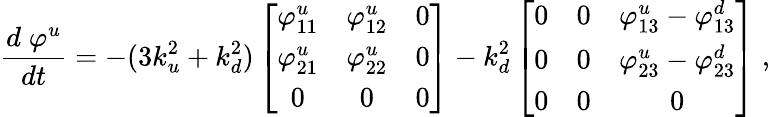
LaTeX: \frac{d\; \varphi^{u}}{dt}=-(3k_{u}^{2}+k_{d}^{2})\left[\begin{array}{ccc}{{\varphi_{11}^{u}}}&{{\varphi_{12}^{u}}}&{{0}}\\ {{\varphi_{21}^{u}}}&{{\varphi_{22}^{u}}}&{{0}}\\ {{0}}&{{0}}&{{0}}\end{array}\right]-k_{d}^{2}\left[\begin{array}{ccc}{{0}}&{{0}}&{{\varphi_{13}^{u}-\varphi_{13}^{d}}}\\ {{0}}&{{0}}&{{\varphi_{23}^{u}-\varphi_{23}^{d}}}\\ {{0}}&{{0}}&{{0}}\end{array}\right]\; ,